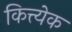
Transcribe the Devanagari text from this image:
कित्त्येक